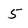
Character: 5